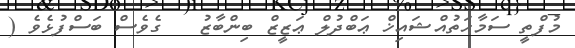
މުފްތީ ސަމާޙަތުއްޝައިޚް ޢަބްދުލް ޢަޒީޒް ބިންބާޒު   ގެވެސް ބަސްފުޅެވެ (